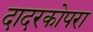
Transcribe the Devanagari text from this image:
दादरकोपरा